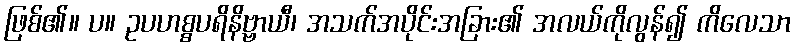
ဖြစ်၏။ ပ။ ဥပဟစ္စပရိနိဗ္ဗာယီ၊ အသက်အပိုင်းအခြား၏ အလယ်ကိုလွန်၍ ကိလေသာ